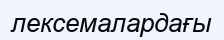
лексемалардағы